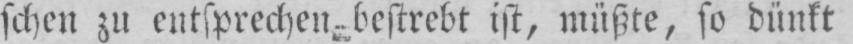
schen zu entsprechen-bestrebt ist, müßte, so dünkt